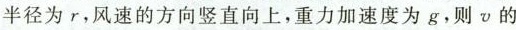
半径为r，风速的方向竖直向上，重力加速度为g，则v的